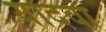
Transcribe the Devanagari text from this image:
यादवा